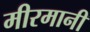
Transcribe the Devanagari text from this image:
मीरमानी